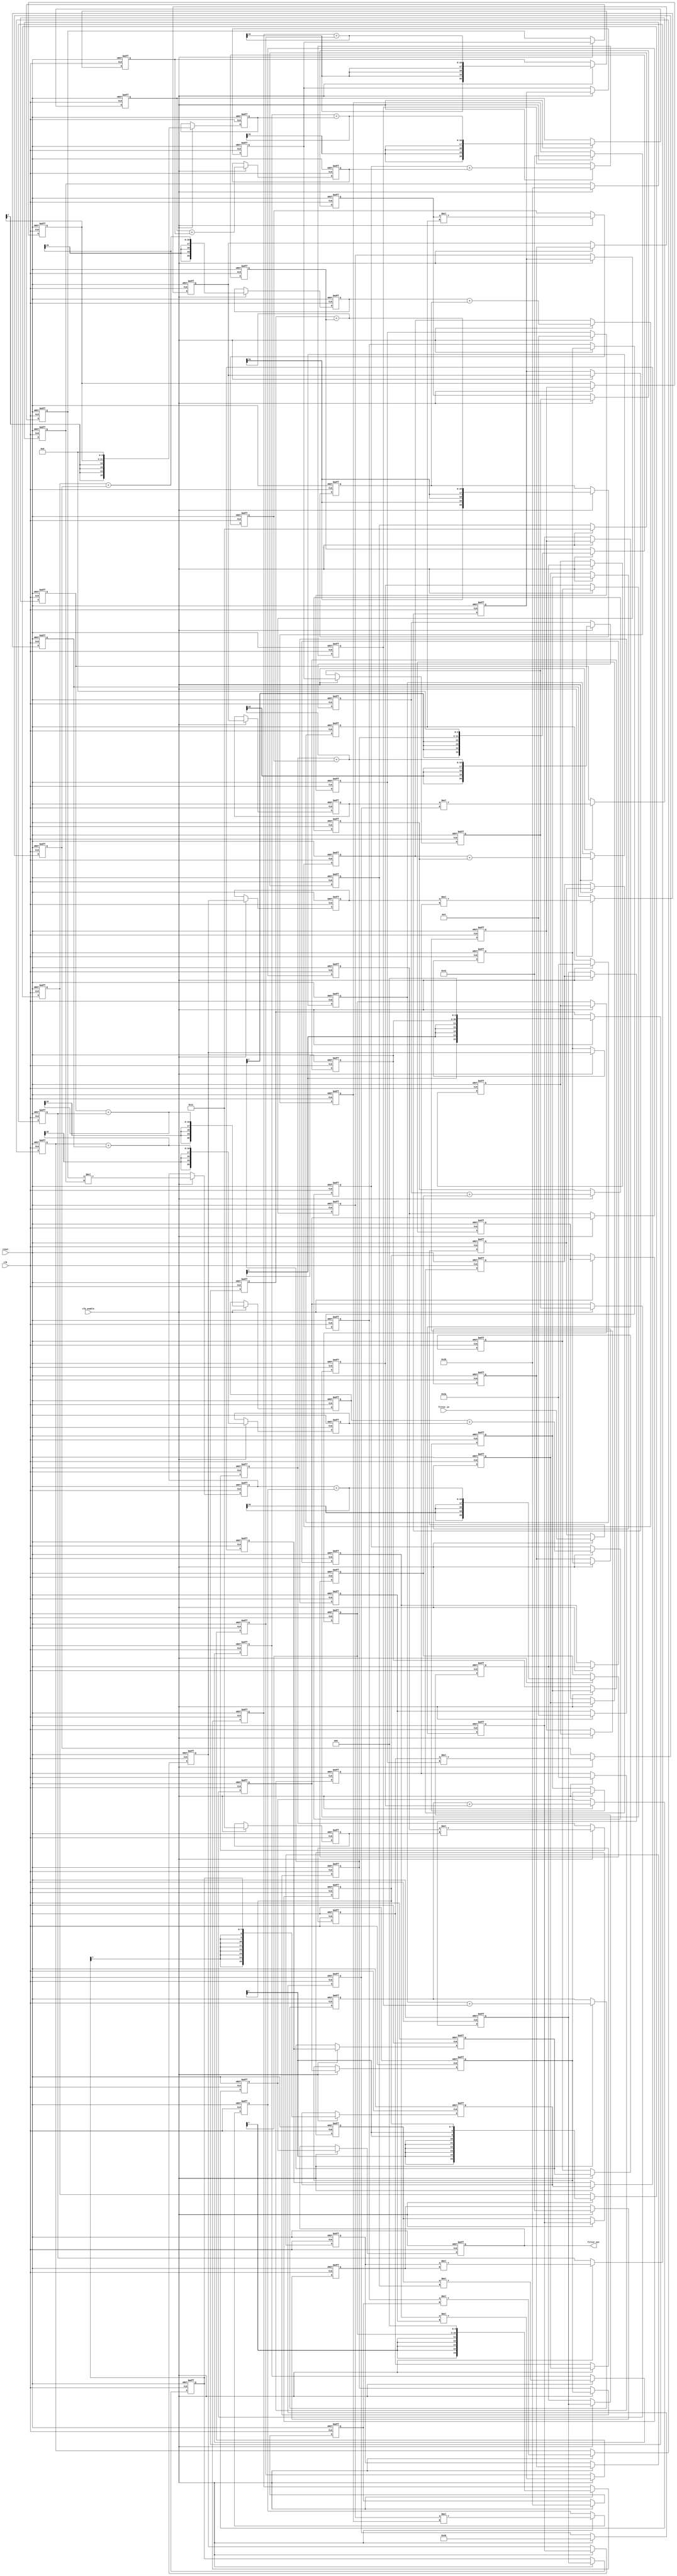
// -------------------------------------------------------------
//
// Module: fir_20_8b_1p
// Generated by MATLAB(R) 9.12 and Filter Design HDL Coder 3.1.11.
// Generated on: 2023-06-21 23:45:19
// -------------------------------------------------------------

// -------------------------------------------------------------
// HDL Code Generation Options:
//
// FIRAdderStyle: tree
// MultiplierInputPipeline: 1
// MultiplierOutputPipeline: 1
// OptimizeForHDL: on
// TargetDirectory: W:\Nikos\UTh\ \Project\FIR_20_Order\multiplier_1_pipeline\8b_fixed_point
// AddPipelineRegisters: on
// Name: fir_20_8b_1p
// InputDataType: numerictype(1,8,0)
// TargetLanguage: Verilog
// TestBenchName: fir_20_16b_1p_tb
// TestBenchStimulus: impulse step ramp chirp noise 

// Filter Specifications:
//
// Sample Rate     : 46 kHz
// Response        : Lowpass
// Specification   : N,Fp,Fst,Ap
// Stopband Edge   : 9.6 kHz
// Filter Order    : 20
// Passband Edge   : 8 kHz
// Passband Ripple : 60 dB
// -------------------------------------------------------------

// -------------------------------------------------------------
// HDL Implementation    : Fully parallel
// Folding Factor        : 1
// -------------------------------------------------------------
// Filter Settings:
//
// Discrete-Time FIR Filter (real)
// -------------------------------
// Filter Structure  : Direct-Form FIR
// Filter Length     : 21
// Stable            : Yes
// Linear Phase      : Yes (Type 1)
// Arithmetic        : fixed
// Numerator         : s8,8 -> [-5.000000e-01 5.000000e-01)
// -------------------------------------------------------------




`timescale 1 ns / 1 ns

module fir_20_8b_1p
               (
                clk,
                clk_enable,
                reset,
                filter_in,
                filter_out
                );

  input   clk; 
  input   clk_enable; 
  input   reset; 
  input   signed [7:0] filter_in; //sfix8
  output  signed [20:0] filter_out; //sfix21_En8

////////////////////////////////////////////////////////////////
//Module Architecture: fir_20_8b_1p
////////////////////////////////////////////////////////////////
  // Local Functions
  // Type Definitions
  // Constants
  parameter signed [7:0] coeff1 = 8'b00000000; //sfix8_En8
  parameter signed [7:0] coeff2 = 8'b00000000; //sfix8_En8
  parameter signed [7:0] coeff3 = 8'b00000001; //sfix8_En8
  parameter signed [7:0] coeff4 = 8'b00000011; //sfix8_En8
  parameter signed [7:0] coeff5 = 8'b00001000; //sfix8_En8
  parameter signed [7:0] coeff6 = 8'b00010000; //sfix8_En8
  parameter signed [7:0] coeff7 = 8'b00011100; //sfix8_En8
  parameter signed [7:0] coeff8 = 8'b00101010; //sfix8_En8
  parameter signed [7:0] coeff9 = 8'b00111000; //sfix8_En8
  parameter signed [7:0] coeff10 = 8'b01000010; //sfix8_En8
  parameter signed [7:0] coeff11 = 8'b01000110; //sfix8_En8
  parameter signed [7:0] coeff12 = 8'b01000010; //sfix8_En8
  parameter signed [7:0] coeff13 = 8'b00111000; //sfix8_En8
  parameter signed [7:0] coeff14 = 8'b00101010; //sfix8_En8
  parameter signed [7:0] coeff15 = 8'b00011100; //sfix8_En8
  parameter signed [7:0] coeff16 = 8'b00010000; //sfix8_En8
  parameter signed [7:0] coeff17 = 8'b00001000; //sfix8_En8
  parameter signed [7:0] coeff18 = 8'b00000011; //sfix8_En8
  parameter signed [7:0] coeff19 = 8'b00000001; //sfix8_En8
  parameter signed [7:0] coeff20 = 8'b00000000; //sfix8_En8
  parameter signed [7:0] coeff21 = 8'b00000000; //sfix8_En8

  // Signals
  reg  signed [7:0] delay_pipeline [0:20] ; // sfix8
  reg  signed [15:0] product19; // sfix16_En8
  reg  signed [7:0] delay_pipeline_18_pipe; // sfix8
  wire signed [15:0] product19_pipe; // sfix16_En8
  wire signed [15:0] product18; // sfix16_En8
  reg  signed [7:0] delay_pipeline_17_under_pipe; // sfix8
  reg  signed [7:0] coeff18_pipe; // sfix8_En8
  reg  signed [15:0] product18_pipe; // sfix16_En8
  reg  signed [15:0] product17; // sfix16_En8
  reg  signed [7:0] delay_pipeline_16_pipe; // sfix8
  wire signed [15:0] product17_pipe; // sfix16_En8
  reg  signed [15:0] product16; // sfix16_En8
  reg  signed [7:0] delay_pipeline_15_pipe; // sfix8
  wire signed [15:0] product16_pipe; // sfix16_En8
  wire signed [15:0] product15; // sfix16_En8
  reg  signed [7:0] delay_pipeline_14_under_pipe; // sfix8
  reg  signed [7:0] coeff15_pipe; // sfix8_En8
  reg  signed [15:0] product15_pipe; // sfix16_En8
  wire signed [15:0] product14; // sfix16_En8
  reg  signed [7:0] delay_pipeline_13_under_pipe; // sfix8
  reg  signed [7:0] coeff14_pipe; // sfix8_En8
  reg  signed [15:0] product14_pipe; // sfix16_En8
  wire signed [15:0] product13; // sfix16_En8
  reg  signed [7:0] delay_pipeline_12_under_pipe; // sfix8
  reg  signed [7:0] coeff13_pipe; // sfix8_En8
  reg  signed [15:0] product13_pipe; // sfix16_En8
  wire signed [15:0] product12; // sfix16_En8
  reg  signed [7:0] delay_pipeline_11_under_pipe; // sfix8
  reg  signed [7:0] coeff12_pipe; // sfix8_En8
  reg  signed [15:0] product12_pipe; // sfix16_En8
  wire signed [15:0] product11; // sfix16_En8
  reg  signed [7:0] delay_pipeline_10_under_pipe; // sfix8
  reg  signed [7:0] coeff11_pipe; // sfix8_En8
  reg  signed [15:0] product11_pipe; // sfix16_En8
  wire signed [15:0] product10; // sfix16_En8
  reg  signed [7:0] delay_pipeline_9_under_pipe; // sfix8
  reg  signed [7:0] coeff10_pipe; // sfix8_En8
  reg  signed [15:0] product10_pipe; // sfix16_En8
  wire signed [15:0] product9; // sfix16_En8
  reg  signed [7:0] delay_pipeline_8_under_pipe; // sfix8
  reg  signed [7:0] coeff9_pipe; // sfix8_En8
  reg  signed [15:0] product9_pipe; // sfix16_En8
  wire signed [15:0] product8; // sfix16_En8
  reg  signed [7:0] delay_pipeline_7_under_pipe; // sfix8
  reg  signed [7:0] coeff8_pipe; // sfix8_En8
  reg  signed [15:0] product8_pipe; // sfix16_En8
  wire signed [15:0] product7; // sfix16_En8
  reg  signed [7:0] delay_pipeline_6_under_pipe; // sfix8
  reg  signed [7:0] coeff7_pipe; // sfix8_En8
  reg  signed [15:0] product7_pipe; // sfix16_En8
  reg  signed [15:0] product6; // sfix16_En8
  reg  signed [7:0] delay_pipeline_5_pipe; // sfix8
  wire signed [15:0] product6_pipe; // sfix16_En8
  reg  signed [15:0] product5; // sfix16_En8
  reg  signed [7:0] delay_pipeline_4_pipe; // sfix8
  wire signed [15:0] product5_pipe; // sfix16_En8
  wire signed [15:0] product4; // sfix16_En8
  reg  signed [7:0] delay_pipeline_3_under_pipe; // sfix8
  reg  signed [7:0] coeff4_pipe; // sfix8_En8
  reg  signed [15:0] product4_pipe; // sfix16_En8
  reg  signed [15:0] product3; // sfix16_En8
  reg  signed [7:0] delay_pipeline_2_pipe; // sfix8
  wire signed [15:0] product3_pipe; // sfix16_En8
  wire signed [20:0] sum_final; // sfix21_En8
  wire signed [20:0] sum1_1; // sfix21_En8
  wire signed [15:0] add_signext; // sfix16_En8
  wire signed [15:0] add_signext_1; // sfix16_En8
  wire signed [16:0] add_temp; // sfix17_En8
  reg  signed [20:0] sumpipe1_1; // sfix21_En8
  wire signed [20:0] sum1_2; // sfix21_En8
  wire signed [15:0] add_signext_2; // sfix16_En8
  wire signed [15:0] add_signext_3; // sfix16_En8
  wire signed [16:0] add_temp_1; // sfix17_En8
  reg  signed [20:0] sumpipe1_2; // sfix21_En8
  wire signed [20:0] sum1_3; // sfix21_En8
  wire signed [15:0] add_signext_4; // sfix16_En8
  wire signed [15:0] add_signext_5; // sfix16_En8
  wire signed [16:0] add_temp_2; // sfix17_En8
  reg  signed [20:0] sumpipe1_3; // sfix21_En8
  wire signed [20:0] sum1_4; // sfix21_En8
  wire signed [15:0] add_signext_6; // sfix16_En8
  wire signed [15:0] add_signext_7; // sfix16_En8
  wire signed [16:0] add_temp_3; // sfix17_En8
  reg  signed [20:0] sumpipe1_4; // sfix21_En8
  wire signed [20:0] sum1_5; // sfix21_En8
  wire signed [15:0] add_signext_8; // sfix16_En8
  wire signed [15:0] add_signext_9; // sfix16_En8
  wire signed [16:0] add_temp_4; // sfix17_En8
  reg  signed [20:0] sumpipe1_5; // sfix21_En8
  wire signed [20:0] sum1_6; // sfix21_En8
  wire signed [15:0] add_signext_10; // sfix16_En8
  wire signed [15:0] add_signext_11; // sfix16_En8
  wire signed [16:0] add_temp_5; // sfix17_En8
  reg  signed [20:0] sumpipe1_6; // sfix21_En8
  wire signed [20:0] sum1_7; // sfix21_En8
  wire signed [15:0] add_signext_12; // sfix16_En8
  wire signed [15:0] add_signext_13; // sfix16_En8
  wire signed [16:0] add_temp_6; // sfix17_En8
  reg  signed [20:0] sumpipe1_7; // sfix21_En8
  wire signed [20:0] sum1_8; // sfix21_En8
  wire signed [15:0] add_signext_14; // sfix16_En8
  wire signed [15:0] add_signext_15; // sfix16_En8
  wire signed [16:0] add_temp_7; // sfix17_En8
  reg  signed [20:0] sumpipe1_8; // sfix21_En8
  reg  signed [15:0] sumpipe1_9; // sfix16_En8
  wire signed [20:0] sum2_1; // sfix21_En8
  wire signed [20:0] add_signext_16; // sfix21_En8
  wire signed [20:0] add_signext_17; // sfix21_En8
  wire signed [21:0] add_temp_8; // sfix22_En8
  reg  signed [20:0] sumpipe2_1; // sfix21_En8
  wire signed [20:0] sum2_2; // sfix21_En8
  wire signed [20:0] add_signext_18; // sfix21_En8
  wire signed [20:0] add_signext_19; // sfix21_En8
  wire signed [21:0] add_temp_9; // sfix22_En8
  reg  signed [20:0] sumpipe2_2; // sfix21_En8
  wire signed [20:0] sum2_3; // sfix21_En8
  wire signed [20:0] add_signext_20; // sfix21_En8
  wire signed [20:0] add_signext_21; // sfix21_En8
  wire signed [21:0] add_temp_10; // sfix22_En8
  reg  signed [20:0] sumpipe2_3; // sfix21_En8
  wire signed [20:0] sum2_4; // sfix21_En8
  wire signed [20:0] add_signext_22; // sfix21_En8
  wire signed [20:0] add_signext_23; // sfix21_En8
  wire signed [21:0] add_temp_11; // sfix22_En8
  reg  signed [20:0] sumpipe2_4; // sfix21_En8
  reg  signed [15:0] sumpipe2_5; // sfix16_En8
  wire signed [20:0] sum3_1; // sfix21_En8
  wire signed [20:0] add_signext_24; // sfix21_En8
  wire signed [20:0] add_signext_25; // sfix21_En8
  wire signed [21:0] add_temp_12; // sfix22_En8
  reg  signed [20:0] sumpipe3_1; // sfix21_En8
  wire signed [20:0] sum3_2; // sfix21_En8
  wire signed [20:0] add_signext_26; // sfix21_En8
  wire signed [20:0] add_signext_27; // sfix21_En8
  wire signed [21:0] add_temp_13; // sfix22_En8
  reg  signed [20:0] sumpipe3_2; // sfix21_En8
  reg  signed [15:0] sumpipe3_3; // sfix16_En8
  wire signed [20:0] sum4_1; // sfix21_En8
  wire signed [20:0] add_signext_28; // sfix21_En8
  wire signed [20:0] add_signext_29; // sfix21_En8
  wire signed [21:0] add_temp_14; // sfix22_En8
  reg  signed [20:0] sumpipe4_1; // sfix21_En8
  reg  signed [15:0] sumpipe4_2; // sfix16_En8
  wire signed [20:0] sum5_1; // sfix21_En8
  wire signed [20:0] add_signext_30; // sfix21_En8
  wire signed [20:0] add_signext_31; // sfix21_En8
  wire signed [21:0] add_temp_15; // sfix22_En8
  reg  signed [20:0] sumpipe5_1; // sfix21_En8
  reg  signed [20:0] output_register; // sfix21_En8

  // Block Statements
  always @( posedge clk or posedge reset)
    begin: Delay_Pipeline_process
      if (reset == 1'b1) begin
        delay_pipeline[0] <= 0;
        delay_pipeline[1] <= 0;
        delay_pipeline[2] <= 0;
        delay_pipeline[3] <= 0;
        delay_pipeline[4] <= 0;
        delay_pipeline[5] <= 0;
        delay_pipeline[6] <= 0;
        delay_pipeline[7] <= 0;
        delay_pipeline[8] <= 0;
        delay_pipeline[9] <= 0;
        delay_pipeline[10] <= 0;
        delay_pipeline[11] <= 0;
        delay_pipeline[12] <= 0;
        delay_pipeline[13] <= 0;
        delay_pipeline[14] <= 0;
        delay_pipeline[15] <= 0;
        delay_pipeline[16] <= 0;
        delay_pipeline[17] <= 0;
        delay_pipeline[18] <= 0;
        delay_pipeline[19] <= 0;
        delay_pipeline[20] <= 0;
      end
      else begin
        if (clk_enable == 1'b1) begin
          delay_pipeline[0] <= filter_in;
          delay_pipeline[1] <= delay_pipeline[0];
          delay_pipeline[2] <= delay_pipeline[1];
          delay_pipeline[3] <= delay_pipeline[2];
          delay_pipeline[4] <= delay_pipeline[3];
          delay_pipeline[5] <= delay_pipeline[4];
          delay_pipeline[6] <= delay_pipeline[5];
          delay_pipeline[7] <= delay_pipeline[6];
          delay_pipeline[8] <= delay_pipeline[7];
          delay_pipeline[9] <= delay_pipeline[8];
          delay_pipeline[10] <= delay_pipeline[9];
          delay_pipeline[11] <= delay_pipeline[10];
          delay_pipeline[12] <= delay_pipeline[11];
          delay_pipeline[13] <= delay_pipeline[12];
          delay_pipeline[14] <= delay_pipeline[13];
          delay_pipeline[15] <= delay_pipeline[14];
          delay_pipeline[16] <= delay_pipeline[15];
          delay_pipeline[17] <= delay_pipeline[16];
          delay_pipeline[18] <= delay_pipeline[17];
          delay_pipeline[19] <= delay_pipeline[18];
          delay_pipeline[20] <= delay_pipeline[19];
        end
      end
    end // Delay_Pipeline_process


  always @ (posedge clk or posedge reset)
    begin: temp_process1
      if (reset == 1'b1) begin
        delay_pipeline_18_pipe <= 0;
      end
      else begin
        if (clk_enable == 1'b1) begin
          delay_pipeline_18_pipe <= delay_pipeline[18];
        end
      end
    end // temp_process1
  always @ (posedge clk or posedge reset)
    begin: temp_process2
      if (reset == 1'b1) begin
        product19 <= 0;
      end
      else begin
        if (clk_enable == 1'b1) begin
          product19 <= product19_pipe;
        end
      end
    end // temp_process2
  assign product19_pipe = $signed({{8{delay_pipeline_18_pipe[7]}}, delay_pipeline_18_pipe});

  always @ (posedge clk or posedge reset)
    begin: temp_process3
      if (reset == 1'b1) begin
        delay_pipeline_17_under_pipe <= 0;
        coeff18_pipe <= 0;
        product18_pipe <= 0;
      end
      else begin
        if (clk_enable == 1'b1) begin
          delay_pipeline_17_under_pipe <= delay_pipeline[17];
          coeff18_pipe <= coeff18;

          product18_pipe <= delay_pipeline_17_under_pipe * coeff18_pipe;

        end
      end
    end // temp_process3

  assign product18 = product18_pipe;

  always @ (posedge clk or posedge reset)
    begin: temp_process4
      if (reset == 1'b1) begin
        delay_pipeline_16_pipe <= 0;
      end
      else begin
        if (clk_enable == 1'b1) begin
          delay_pipeline_16_pipe <= delay_pipeline[16];
        end
      end
    end // temp_process4
  always @ (posedge clk or posedge reset)
    begin: temp_process5
      if (reset == 1'b1) begin
        product17 <= 0;
      end
      else begin
        if (clk_enable == 1'b1) begin
          product17 <= product17_pipe;
        end
      end
    end // temp_process5
  assign product17_pipe = $signed({delay_pipeline_16_pipe[7:0], 3'b000});

  always @ (posedge clk or posedge reset)
    begin: temp_process6
      if (reset == 1'b1) begin
        delay_pipeline_15_pipe <= 0;
      end
      else begin
        if (clk_enable == 1'b1) begin
          delay_pipeline_15_pipe <= delay_pipeline[15];
        end
      end
    end // temp_process6
  always @ (posedge clk or posedge reset)
    begin: temp_process7
      if (reset == 1'b1) begin
        product16 <= 0;
      end
      else begin
        if (clk_enable == 1'b1) begin
          product16 <= product16_pipe;
        end
      end
    end // temp_process7
  assign product16_pipe = $signed({delay_pipeline_15_pipe[7:0], 4'b0000});

  always @ (posedge clk or posedge reset)
    begin: temp_process8
      if (reset == 1'b1) begin
        delay_pipeline_14_under_pipe <= 0;
        coeff15_pipe <= 0;
        product15_pipe <= 0;
      end
      else begin
        if (clk_enable == 1'b1) begin
          delay_pipeline_14_under_pipe <= delay_pipeline[14];
          coeff15_pipe <= coeff15;

          product15_pipe <= delay_pipeline_14_under_pipe * coeff15_pipe;

        end
      end
    end // temp_process8

  assign product15 = product15_pipe;

  always @ (posedge clk or posedge reset)
    begin: temp_process9
      if (reset == 1'b1) begin
        delay_pipeline_13_under_pipe <= 0;
        coeff14_pipe <= 0;
        product14_pipe <= 0;
      end
      else begin
        if (clk_enable == 1'b1) begin
          delay_pipeline_13_under_pipe <= delay_pipeline[13];
          coeff14_pipe <= coeff14;

          product14_pipe <= delay_pipeline_13_under_pipe * coeff14_pipe;

        end
      end
    end // temp_process9

  assign product14 = product14_pipe;

  always @ (posedge clk or posedge reset)
    begin: temp_process10
      if (reset == 1'b1) begin
        delay_pipeline_12_under_pipe <= 0;
        coeff13_pipe <= 0;
        product13_pipe <= 0;
      end
      else begin
        if (clk_enable == 1'b1) begin
          delay_pipeline_12_under_pipe <= delay_pipeline[12];
          coeff13_pipe <= coeff13;

          product13_pipe <= delay_pipeline_12_under_pipe * coeff13_pipe;

        end
      end
    end // temp_process10

  assign product13 = product13_pipe;

  always @ (posedge clk or posedge reset)
    begin: temp_process11
      if (reset == 1'b1) begin
        delay_pipeline_11_under_pipe <= 0;
        coeff12_pipe <= 0;
        product12_pipe <= 0;
      end
      else begin
        if (clk_enable == 1'b1) begin
          delay_pipeline_11_under_pipe <= delay_pipeline[11];
          coeff12_pipe <= coeff12;

          product12_pipe <= delay_pipeline_11_under_pipe * coeff12_pipe;

        end
      end
    end // temp_process11

  assign product12 = product12_pipe;

  always @ (posedge clk or posedge reset)
    begin: temp_process12
      if (reset == 1'b1) begin
        delay_pipeline_10_under_pipe <= 0;
        coeff11_pipe <= 0;
        product11_pipe <= 0;
      end
      else begin
        if (clk_enable == 1'b1) begin
          delay_pipeline_10_under_pipe <= delay_pipeline[10];
          coeff11_pipe <= coeff11;

          product11_pipe <= delay_pipeline_10_under_pipe * coeff11_pipe;

        end
      end
    end // temp_process12

  assign product11 = product11_pipe;

  always @ (posedge clk or posedge reset)
    begin: temp_process13
      if (reset == 1'b1) begin
        delay_pipeline_9_under_pipe <= 0;
        coeff10_pipe <= 0;
        product10_pipe <= 0;
      end
      else begin
        if (clk_enable == 1'b1) begin
          delay_pipeline_9_under_pipe <= delay_pipeline[9];
          coeff10_pipe <= coeff10;

          product10_pipe <= delay_pipeline_9_under_pipe * coeff10_pipe;

        end
      end
    end // temp_process13

  assign product10 = product10_pipe;

  always @ (posedge clk or posedge reset)
    begin: temp_process14
      if (reset == 1'b1) begin
        delay_pipeline_8_under_pipe <= 0;
        coeff9_pipe <= 0;
        product9_pipe <= 0;
      end
      else begin
        if (clk_enable == 1'b1) begin
          delay_pipeline_8_under_pipe <= delay_pipeline[8];
          coeff9_pipe <= coeff9;

          product9_pipe <= delay_pipeline_8_under_pipe * coeff9_pipe;

        end
      end
    end // temp_process14

  assign product9 = product9_pipe;

  always @ (posedge clk or posedge reset)
    begin: temp_process15
      if (reset == 1'b1) begin
        delay_pipeline_7_under_pipe <= 0;
        coeff8_pipe <= 0;
        product8_pipe <= 0;
      end
      else begin
        if (clk_enable == 1'b1) begin
          delay_pipeline_7_under_pipe <= delay_pipeline[7];
          coeff8_pipe <= coeff8;

          product8_pipe <= delay_pipeline_7_under_pipe * coeff8_pipe;

        end
      end
    end // temp_process15

  assign product8 = product8_pipe;

  always @ (posedge clk or posedge reset)
    begin: temp_process16
      if (reset == 1'b1) begin
        delay_pipeline_6_under_pipe <= 0;
        coeff7_pipe <= 0;
        product7_pipe <= 0;
      end
      else begin
        if (clk_enable == 1'b1) begin
          delay_pipeline_6_under_pipe <= delay_pipeline[6];
          coeff7_pipe <= coeff7;

          product7_pipe <= delay_pipeline_6_under_pipe * coeff7_pipe;

        end
      end
    end // temp_process16

  assign product7 = product7_pipe;

  always @ (posedge clk or posedge reset)
    begin: temp_process17
      if (reset == 1'b1) begin
        delay_pipeline_5_pipe <= 0;
      end
      else begin
        if (clk_enable == 1'b1) begin
          delay_pipeline_5_pipe <= delay_pipeline[5];
        end
      end
    end // temp_process17
  always @ (posedge clk or posedge reset)
    begin: temp_process18
      if (reset == 1'b1) begin
        product6 <= 0;
      end
      else begin
        if (clk_enable == 1'b1) begin
          product6 <= product6_pipe;
        end
      end
    end // temp_process18
  assign product6_pipe = $signed({delay_pipeline_5_pipe[7:0], 4'b0000});

  always @ (posedge clk or posedge reset)
    begin: temp_process19
      if (reset == 1'b1) begin
        delay_pipeline_4_pipe <= 0;
      end
      else begin
        if (clk_enable == 1'b1) begin
          delay_pipeline_4_pipe <= delay_pipeline[4];
        end
      end
    end // temp_process19
  always @ (posedge clk or posedge reset)
    begin: temp_process20
      if (reset == 1'b1) begin
        product5 <= 0;
      end
      else begin
        if (clk_enable == 1'b1) begin
          product5 <= product5_pipe;
        end
      end
    end // temp_process20
  assign product5_pipe = $signed({delay_pipeline_4_pipe[7:0], 3'b000});

  always @ (posedge clk or posedge reset)
    begin: temp_process21
      if (reset == 1'b1) begin
        delay_pipeline_3_under_pipe <= 0;
        coeff4_pipe <= 0;
        product4_pipe <= 0;
      end
      else begin
        if (clk_enable == 1'b1) begin
          delay_pipeline_3_under_pipe <= delay_pipeline[3];
          coeff4_pipe <= coeff4;

          product4_pipe <= delay_pipeline_3_under_pipe * coeff4_pipe;

        end
      end
    end // temp_process21

  assign product4 = product4_pipe;

  always @ (posedge clk or posedge reset)
    begin: temp_process22
      if (reset == 1'b1) begin
        delay_pipeline_2_pipe <= 0;
      end
      else begin
        if (clk_enable == 1'b1) begin
          delay_pipeline_2_pipe <= delay_pipeline[2];
        end
      end
    end // temp_process22
  always @ (posedge clk or posedge reset)
    begin: temp_process23
      if (reset == 1'b1) begin
        product3 <= 0;
      end
      else begin
        if (clk_enable == 1'b1) begin
          product3 <= product3_pipe;
        end
      end
    end // temp_process23
  assign product3_pipe = $signed({{8{delay_pipeline_2_pipe[7]}}, delay_pipeline_2_pipe});

  assign add_signext = product19;
  assign add_signext_1 = product18;
  assign add_temp = add_signext + add_signext_1;
  assign sum1_1 = $signed({{4{add_temp[16]}}, add_temp});

  assign add_signext_2 = product17;
  assign add_signext_3 = product16;
  assign add_temp_1 = add_signext_2 + add_signext_3;
  assign sum1_2 = $signed({{4{add_temp_1[16]}}, add_temp_1});

  assign add_signext_4 = product15;
  assign add_signext_5 = product14;
  assign add_temp_2 = add_signext_4 + add_signext_5;
  assign sum1_3 = $signed({{4{add_temp_2[16]}}, add_temp_2});

  assign add_signext_6 = product13;
  assign add_signext_7 = product12;
  assign add_temp_3 = add_signext_6 + add_signext_7;
  assign sum1_4 = $signed({{4{add_temp_3[16]}}, add_temp_3});

  assign add_signext_8 = product11;
  assign add_signext_9 = product10;
  assign add_temp_4 = add_signext_8 + add_signext_9;
  assign sum1_5 = $signed({{4{add_temp_4[16]}}, add_temp_4});

  assign add_signext_10 = product9;
  assign add_signext_11 = product8;
  assign add_temp_5 = add_signext_10 + add_signext_11;
  assign sum1_6 = $signed({{4{add_temp_5[16]}}, add_temp_5});

  assign add_signext_12 = product7;
  assign add_signext_13 = product6;
  assign add_temp_6 = add_signext_12 + add_signext_13;
  assign sum1_7 = $signed({{4{add_temp_6[16]}}, add_temp_6});

  assign add_signext_14 = product5;
  assign add_signext_15 = product4;
  assign add_temp_7 = add_signext_14 + add_signext_15;
  assign sum1_8 = $signed({{4{add_temp_7[16]}}, add_temp_7});

  always @ (posedge clk or posedge reset)
    begin: temp_process24
      if (reset == 1'b1) begin
        sumpipe1_1 <= 0;
        sumpipe1_2 <= 0;
        sumpipe1_3 <= 0;
        sumpipe1_4 <= 0;
        sumpipe1_5 <= 0;
        sumpipe1_6 <= 0;
        sumpipe1_7 <= 0;
        sumpipe1_8 <= 0;
        sumpipe1_9 <= 0;
      end
      else begin
        if (clk_enable == 1'b1) begin
          sumpipe1_1 <= sum1_1;
          sumpipe1_2 <= sum1_2;
          sumpipe1_3 <= sum1_3;
          sumpipe1_4 <= sum1_4;
          sumpipe1_5 <= sum1_5;
          sumpipe1_6 <= sum1_6;
          sumpipe1_7 <= sum1_7;
          sumpipe1_8 <= sum1_8;
          sumpipe1_9 <= product3;
        end
      end
    end // temp_process24

  assign add_signext_16 = sumpipe1_1;
  assign add_signext_17 = sumpipe1_2;
  assign add_temp_8 = add_signext_16 + add_signext_17;
  assign sum2_1 = add_temp_8[20:0];

  assign add_signext_18 = sumpipe1_3;
  assign add_signext_19 = sumpipe1_4;
  assign add_temp_9 = add_signext_18 + add_signext_19;
  assign sum2_2 = add_temp_9[20:0];

  assign add_signext_20 = sumpipe1_5;
  assign add_signext_21 = sumpipe1_6;
  assign add_temp_10 = add_signext_20 + add_signext_21;
  assign sum2_3 = add_temp_10[20:0];

  assign add_signext_22 = sumpipe1_7;
  assign add_signext_23 = sumpipe1_8;
  assign add_temp_11 = add_signext_22 + add_signext_23;
  assign sum2_4 = add_temp_11[20:0];

  always @ (posedge clk or posedge reset)
    begin: temp_process25
      if (reset == 1'b1) begin
        sumpipe2_1 <= 0;
        sumpipe2_2 <= 0;
        sumpipe2_3 <= 0;
        sumpipe2_4 <= 0;
        sumpipe2_5 <= 0;
      end
      else begin
        if (clk_enable == 1'b1) begin
          sumpipe2_1 <= sum2_1;
          sumpipe2_2 <= sum2_2;
          sumpipe2_3 <= sum2_3;
          sumpipe2_4 <= sum2_4;
          sumpipe2_5 <= sumpipe1_9;
        end
      end
    end // temp_process25

  assign add_signext_24 = sumpipe2_1;
  assign add_signext_25 = sumpipe2_2;
  assign add_temp_12 = add_signext_24 + add_signext_25;
  assign sum3_1 = add_temp_12[20:0];

  assign add_signext_26 = sumpipe2_3;
  assign add_signext_27 = sumpipe2_4;
  assign add_temp_13 = add_signext_26 + add_signext_27;
  assign sum3_2 = add_temp_13[20:0];

  always @ (posedge clk or posedge reset)
    begin: temp_process26
      if (reset == 1'b1) begin
        sumpipe3_1 <= 0;
        sumpipe3_2 <= 0;
        sumpipe3_3 <= 0;
      end
      else begin
        if (clk_enable == 1'b1) begin
          sumpipe3_1 <= sum3_1;
          sumpipe3_2 <= sum3_2;
          sumpipe3_3 <= sumpipe2_5;
        end
      end
    end // temp_process26

  assign add_signext_28 = sumpipe3_1;
  assign add_signext_29 = sumpipe3_2;
  assign add_temp_14 = add_signext_28 + add_signext_29;
  assign sum4_1 = add_temp_14[20:0];

  always @ (posedge clk or posedge reset)
    begin: temp_process27
      if (reset == 1'b1) begin
        sumpipe4_1 <= 0;
        sumpipe4_2 <= 0;
      end
      else begin
        if (clk_enable == 1'b1) begin
          sumpipe4_1 <= sum4_1;
          sumpipe4_2 <= sumpipe3_3;
        end
      end
    end // temp_process27

  assign add_signext_30 = sumpipe4_1;
  assign add_signext_31 = $signed({{5{sumpipe4_2[15]}}, sumpipe4_2});
  assign add_temp_15 = add_signext_30 + add_signext_31;
  assign sum5_1 = add_temp_15[20:0];

  always @ (posedge clk or posedge reset)
    begin: temp_process28
      if (reset == 1'b1) begin
        sumpipe5_1 <= 0;
      end
      else begin
        if (clk_enable == 1'b1) begin
          sumpipe5_1 <= sum5_1;
        end
      end
    end // temp_process28

  assign sum_final = sumpipe5_1;

  always @ (posedge clk or posedge reset)
    begin: Output_Register_process
      if (reset == 1'b1) begin
        output_register <= 0;
      end
      else begin
        if (clk_enable == 1'b1) begin
          output_register <= sum_final;
        end
      end
    end // Output_Register_process

  // Assignment Statements
  assign filter_out = output_register;
endmodule  // fir_20_8b_1p